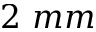
2 \ m m